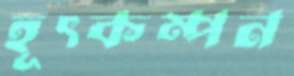
হূৎকম্পন